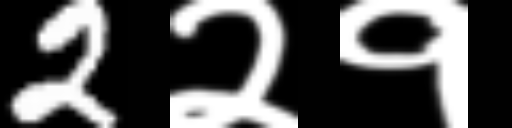
Text: 2२१